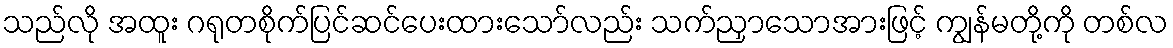
သည်လို အထူး ဂရုတစိုက်ပြင်ဆင်ပေးထားသော်လည်း သက်ညှာသောအားဖြင့် ကျွန်မတို့ကို တစ်လ